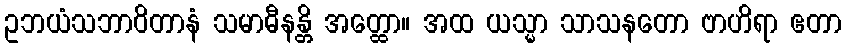
ဥဘယံသဘာဝိတာနံ သမာဓီနန္တိ အတ္ထော။ အထ ယသ္မာ သာသနတော ဗာဟိရာ ဧတာ